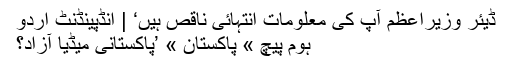
ڈیئر وزیراعظم آپ کی معلومات انتہائی ناقص ہیں‘ | انڈپینڈنٹ اردو
ہوم پیچ » پاکستان » ’پاکستانی میڈیا آزاد؟